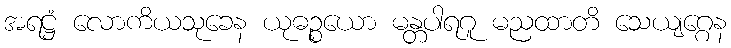
အရဋ္ဌံ လောကိယသုခေန ယုဓဉ္စယော မန္တပါရဂူ မညထာတိ သေယျဂ္ဂေန